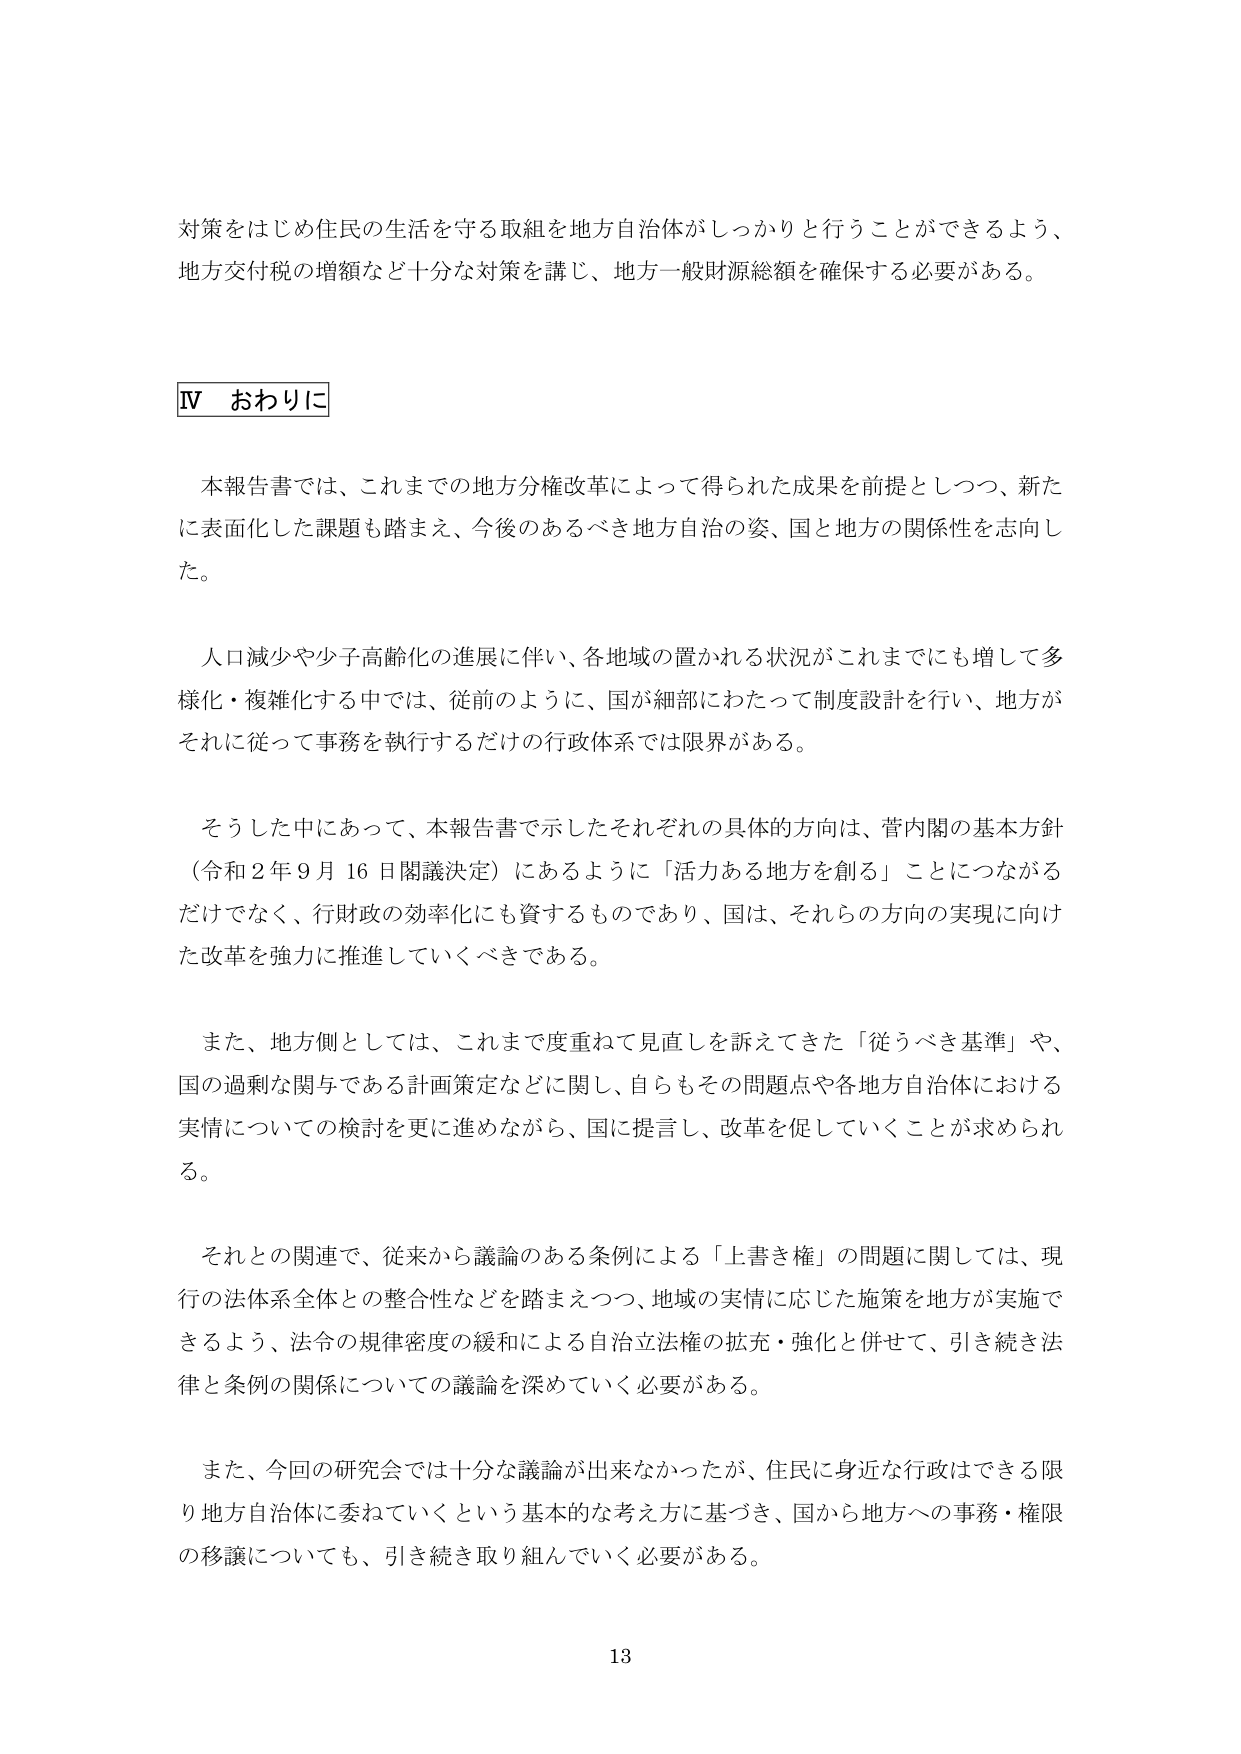
対策をはじめ住民の生活を守る取組を地方自治体がしっかりと行うことができるよう、
地方交付税の増額など十分な対策を講じ、地方一般財源総額を確保する必要がある。

Ⅳ おわりに

本報告書では、これまでの地方分権改革によって得られた成果を前提としつつ、新た
に表面化した課題も踏まえ、今後のあるべき地方自治の姿、国と地方の関係性を志向し
た。

人口減少や少子高齢化の進展に伴い、各地域の置かれる状況がこれまでにも増して多
様化・複雑化する中では、従前のように、国が細部にわたって制度設計を行い、地方が
それに従って事務を執行するだけの行政体系では限界がある。

そうした中において、本報告書で示したそれぞれの具体的方向は、菅内閣の基本方針
（令和２年９月１６日閣議決定）にあるように「活力ある地方を創る」ことにつながる
だけでなく、行財政の効率化にも資するものであり、国は、それらの方向の実現に向け
た改革を強力に推進していくべきである。

また、地方側としては、これまで度重ねて見直しを訴えてきた「従うべき基準」や、
国の過剰な関与である計画策定などに関し、自らもその問題点や各地方自治体における
実情についての検討を更に進めながら、国に提言し、改革を促していくことが求められ
る。

それとの関連で、従来から議論のある条例による「上書き権」の問題に関しては、現
行の法体系全体との整合性などを踏まえつつ、地域の実情に応じた施策を地方が実施で
きるよう、法令の規律密度の緩和による自治立法権の拡充・強化と併せて、引き続き法
律と条例の関係についての議論を深めていく必要がある。

また、今回の研究会では十分な議論が出来なかったが、住民に身近な行政はできる限
り地方自治体に委ねていくという基本的な考え方に基づき、国から地方への事務・権限
の移譲についても、引き続き取り組んでいく必要がある。

13